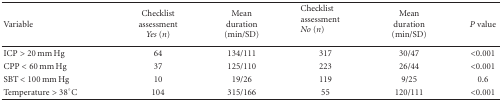
| Variable | Checklist assessment Yes (n) | Mean duration (min/SD) | Checklist assessment No (n) | Mean duration (min/SD) | P value |
 | --- | --- | --- | --- | --- | --- |
 | ICP >20 mm Hg | 64 | 134/111 | 317 | 30/47 | <0.001 |
 | CPP <60 mm Hg | 37 | 125/110 | 223 | 26/44 | <0.001 |
 | SBT <100 mm Hg | 10 | 19/26 | 119 | 9/25 | 0.6 |
 | Temperature >38°C | 104 | 315/166 | 55 | 120/111 | <0.001 |